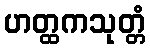
ဟတ္ထကသုတ္တံ